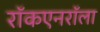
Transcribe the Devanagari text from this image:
राॅकएनराॅला